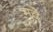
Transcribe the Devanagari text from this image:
मुदे